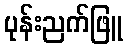
ပုန်းညက်ဖြူ